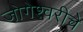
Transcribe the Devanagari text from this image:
जोगेश्वरीचे